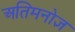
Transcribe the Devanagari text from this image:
अतिमनोज्ञ